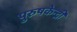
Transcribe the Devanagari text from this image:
पुरुषकेन्द्री